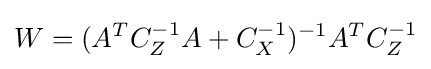
W=(A^{T}C_{Z}^{-1}A+C_{X}^{-1})^{-1}A^{T}C_{Z}^{-1}